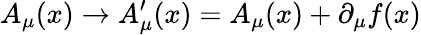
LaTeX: A_{\mu}(x)\rightarrow A_{\mu}^{\prime}(x)=A_{\mu}(x)+\partial_{\mu}f(x)